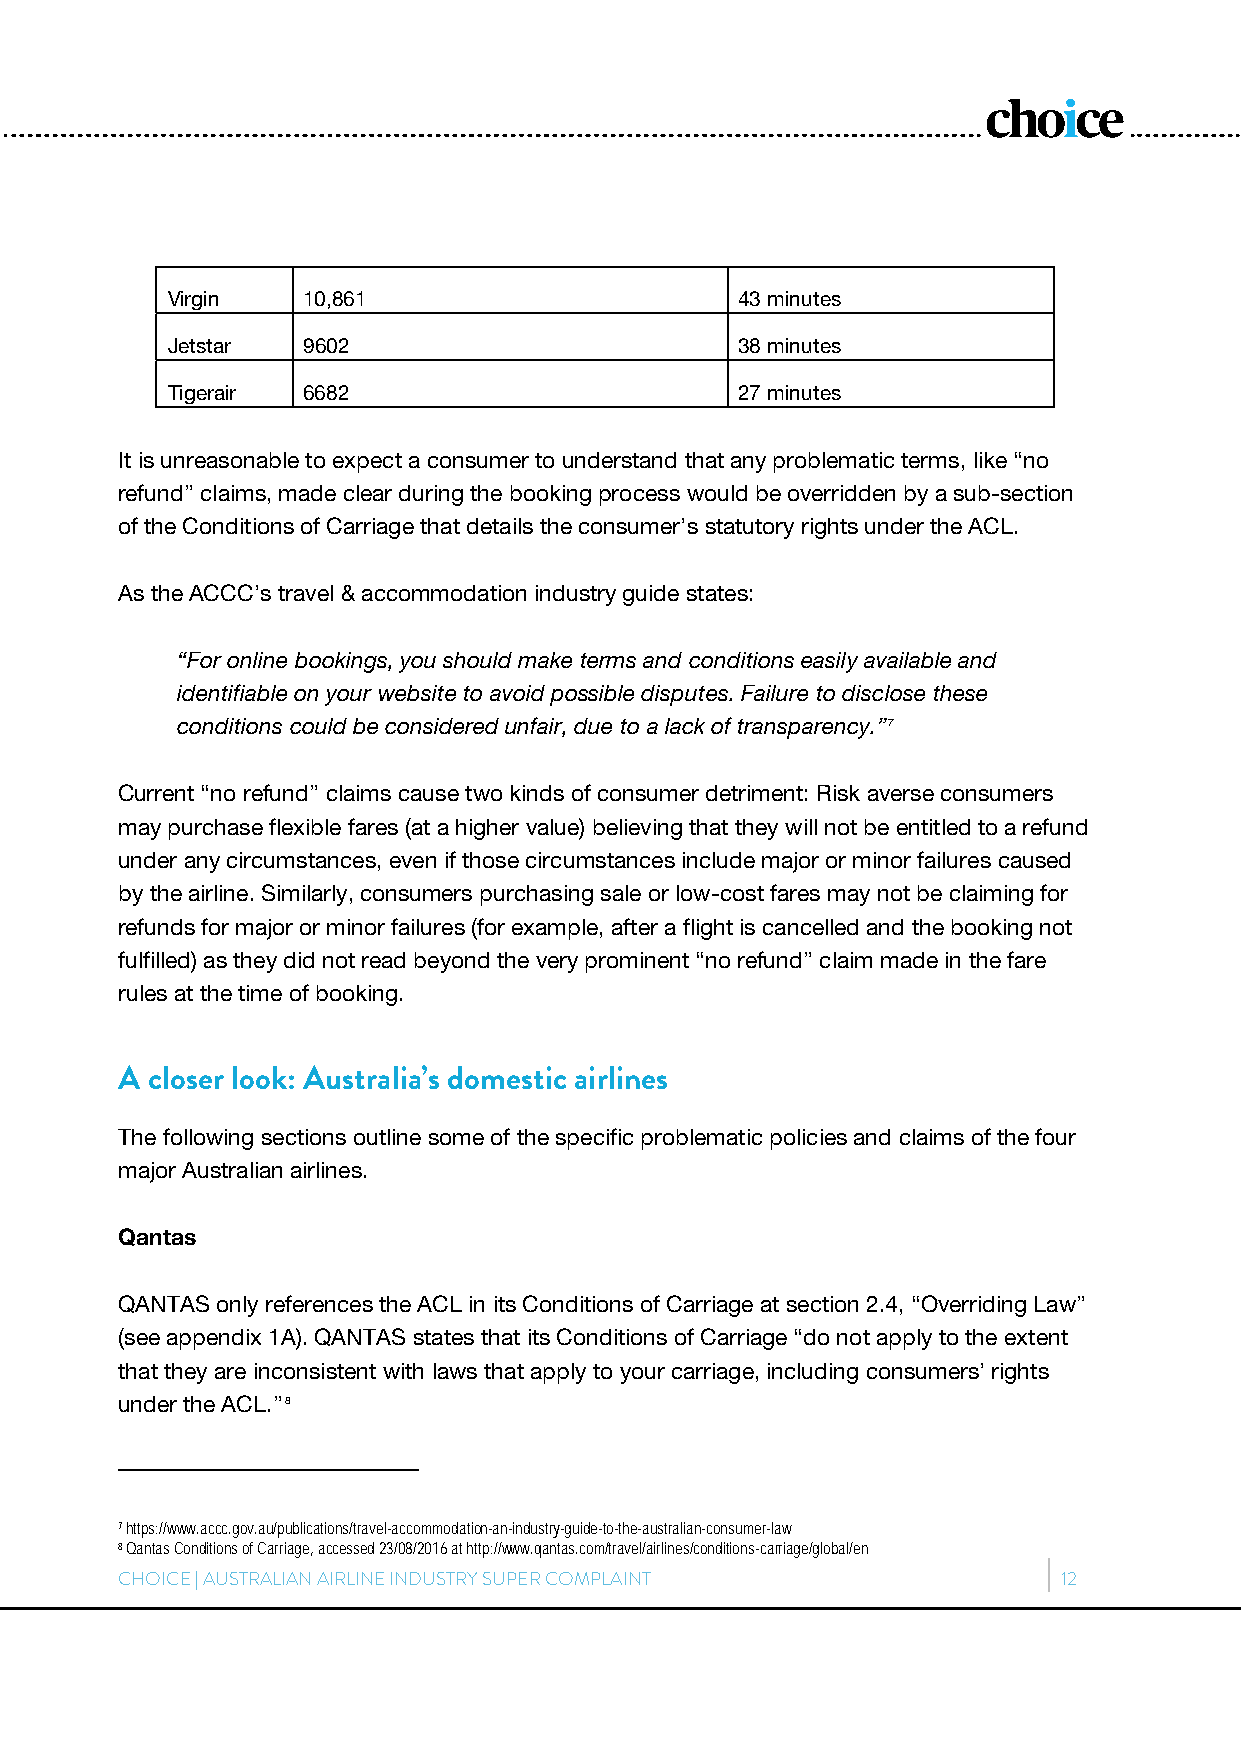
Virgin   10,861                       43 minutes
 Jetstar  9602                         38 minutes
 Tigerair 6682                         27 minutes
 It is unreasonable to expect a consumer to understand that any problematic terms, like “no
 refund” claims, made clear during the booking process would be overridden by a sub-section
 of the Conditions of Carriage that details the consumer’s statutory rights under the ACL.
 As the ACCC’s travel & accommodation industry guide states:
 “For online bookings, you should make terms and conditions easily available and
 identifiable on your website to avoid possible disputes. Failure to disclose these
 conditions could be considered unfair, due to a lack of transparency.”7
 Current “no refund” claims cause two kinds of consumer detriment: Risk averse consumers
 may purchase flexible fares (at a higher value) believing that they will not be entitled to a refund
 under any circumstances, even if those circumstances include major or minor failures caused
 by the airline. Similarly, consumers purchasing sale or low-cost fares may not be claiming for
 refunds for major or minor failures (for example, after a flight is cancelled and the booking not
 fulfilled) as they did not read beyond the very prominent “no refund” claim made in the fare
 rules at the time of booking.
 A closer look: Australia’s domestic airlines
 The following sections outline some of the specific problematic policies and claims of the four
 major Australian airlines.
 Qantas
 QANTAS only references the ACL in its Conditions of Carriage at section 2.4, “Overriding Law”
 (see appendix 1A). QANTAS states that its Conditions of Carriage “do not apply to the extent
 that they are inconsistent with laws that apply to your carriage, including consumers’ rights
 under the ACL.” 8
 7 https://www.accc.gov.au/publications/travel-accommodation-an-industry-guide-to-the-australian-consumer-law
 8 Qantas Conditions of Carriage, accessed 23/08/2016 at http://www.qantas.com/travel/airlines/conditions-carriage/global/en
 CHOICE | AUSTRALIAN AIRLINE INDUSTRY SUPER COMPLAINT          12